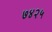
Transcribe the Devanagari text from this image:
७४२५